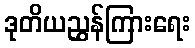
ဒုတိယညွှန်ကြားရေး